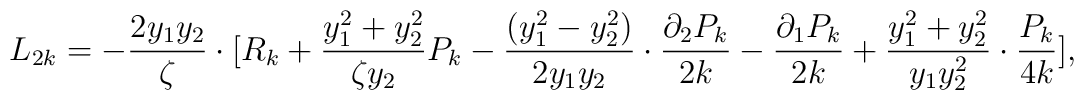
L_{2k}=-\frac{2y_{1}y_{2}}{\zeta} \cdot[R_{k} +\frac{y_{1}^{2}+y_{2}^{2}}{\zeta y_{2}}P_{k}-\frac{(y_{1}^{2}-y_{2}^{2})}{2y_{1}y_{2}}\cdot \frac{\partial_{2} P_{k}}{2k}-\frac{\partial_{1} P_{k}}{2k}+\frac{y_{1}^{2}+y_{2}^{2}}{y_{1}y_{2}^{2}}\cdot\frac{P_{k}}{4k}] ,